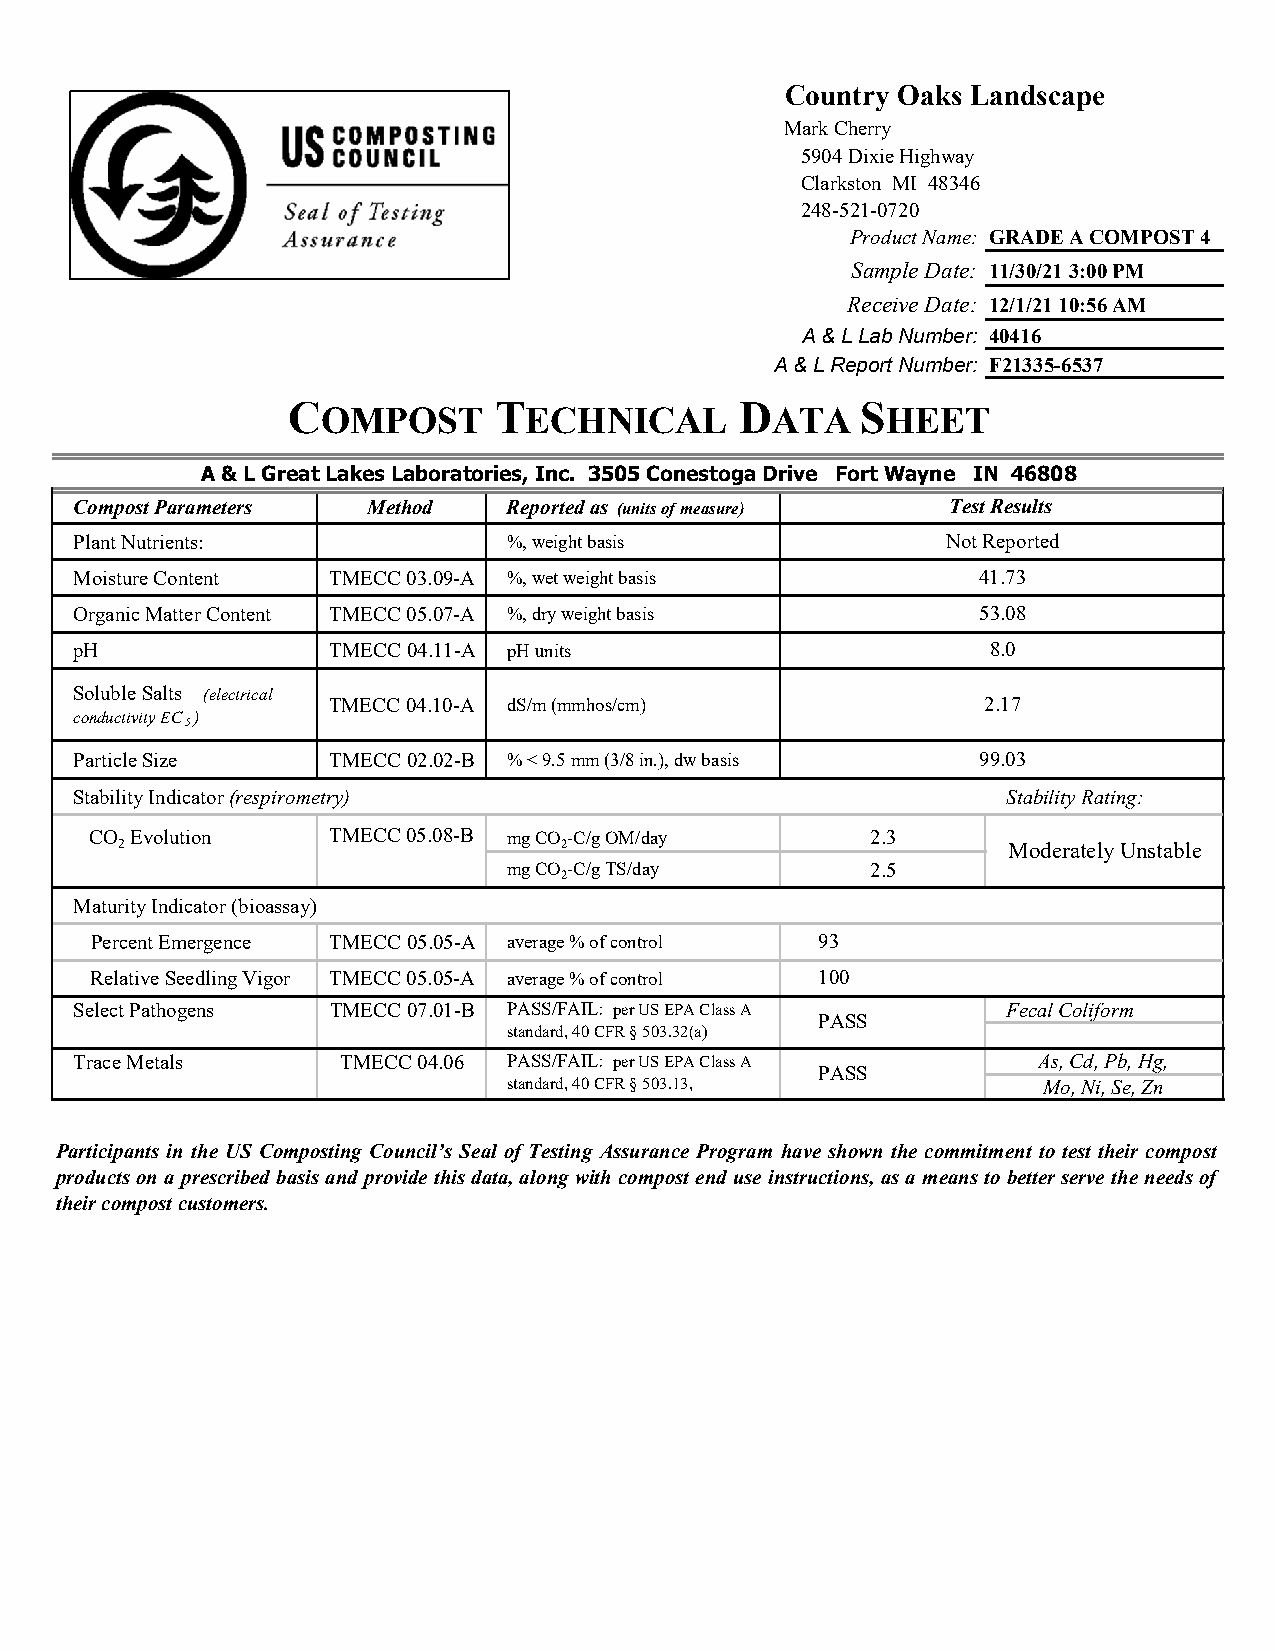
Country Oaks Landscape
 The picture can't be displayed.
 Mark Cherry
 5904 Dixie Highway
 Clarkston MI 48346
 248-521-0720
 Product Name: GRADE A COMPOST 4
 Sample Date: 11/30/21 3:00 PM
 Receive Date: 12/1/21 10:56 AM
 A & L Lab Number: 40416
 A & L Report Number: F21335-6537
 C             T               D       S
 OMPOST        ECHNICAL        ATA     HEET
 A & L Great Lakes Laboratories, Inc. 3505 Conestoga Drive Fort Wayne IN 46808
 Compost Parameters Method    Reported as (units of measure) Test Results
 Plant Nutrients:             %, weight basis              Not Reported
 Moisture Content TMECC 03.09-A %, wet weight basis          41.73
 Organic Matter Content TMECC 05.07-A %, dry weight basis    53.08
 pH               TMECC 04.11-A pH units                      8.0
 Soluble Salts (electrical
 TMECC 04.10-A dS/m (mmhos/cm)              2.17
 conductivity EC )
 5
 Particle Size    TMECC 02.02-B % < 9.5 mm (3/8 in.), dw basis 99.03
 Stability Indicator (respirometry)                            Stability Rating:
 CO Evolution    TMECC 05.08-B mg CO-C/g OM/day      2.3
 2                            2                             Moderately Unstable
 mg CO-C/g TS/day        2.5
 2
 Maturity Indicator (bioassay)
 Percent Emergence TMECC 05.05-A average % of control 93
 Relative Seedling Vigor TMECC 05.05-A average % of control 100
 Select Pathogens TMECC 07.01-B PASS/FAIL: per US EPA Class A  Fecal Coliform
 PASS
 standard, 40 CFR § 503.32(a)
 Trace Metals      TMECC 04.06 PASS/FAIL: per US EPA Class A     As, Cd, Pb, Hg,
 PASS
 standard, 40 CFR § 503.13,         Mo, Ni, Se, Zn
 Tables 1 and 3.
 Participants in the US Composting Council’s Seal of Testing Assurance Program have shown the commitment to test their compost
 productsona prescribed basisand provide thisdata, along withcompostend use instructions, asa meansto betterserve the needsof
 their compost customers.